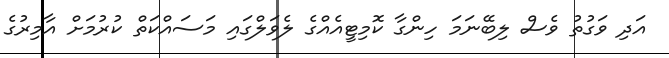
އަދި ވަގުތު ވެސް ލިބޭނަމަ ހިންގާ ކޮމިޓީއެއްގެ ލެވަލްގައި މަސައްކަތް ކުރުމަށް އާމިރުގެ